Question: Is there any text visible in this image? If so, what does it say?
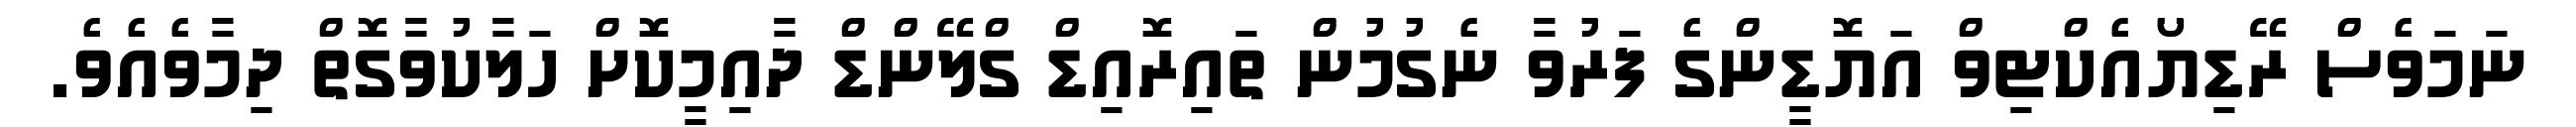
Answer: ނަމަވެސް ރޭޑިޔޯއެކްޓިވް އަޔޮޑީންގެ ފަރުވާ ނެގުމުން ތައިރޮއިޑް ގްލޭންޑް ދާއިމީކޮށް ހަލާކުވާގޮތް ދިމާވެއެވެ.